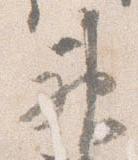
神